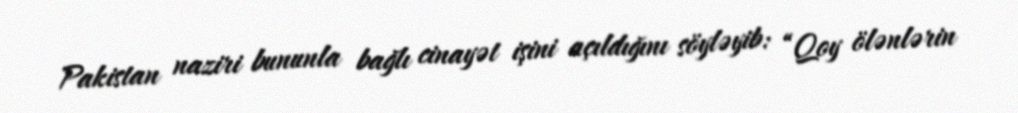
Pakistan naziri bununla bağlı cinayət işini açıldığını söyləyib: “Qoy ölənlərin